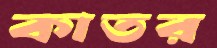
কাতর